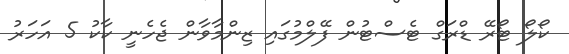
ކޯލޯ ޓޯރޭ ޑްރަގް ޓެސްޓުން ފޭލްމުގައި ޒިންމާވާން ޖެހެނީ ކާކު 5 އަހަރު